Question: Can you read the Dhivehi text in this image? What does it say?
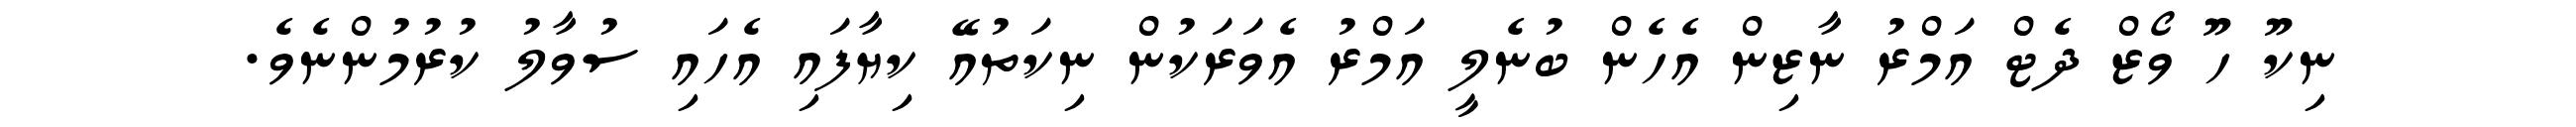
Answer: ނިކޫ ހޫ ވޯޒް ދެޓް އަމްރު ނާޒިން އެހެން ބުނެލީ އަމްރު އެވަރަކުން ނިކަތުއޭ ކިޔާފައި އެހައި ސުވާލު ކުރުމުންނެވެ.